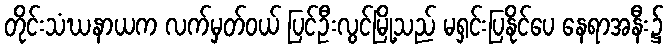
တိုင်းသံဃနာယက လက်မှတ်ဝယ် ပြင်ဦးလွင်မြို့သည် မရှင်းပြနိုင်ပေ နေရာအနီး၌